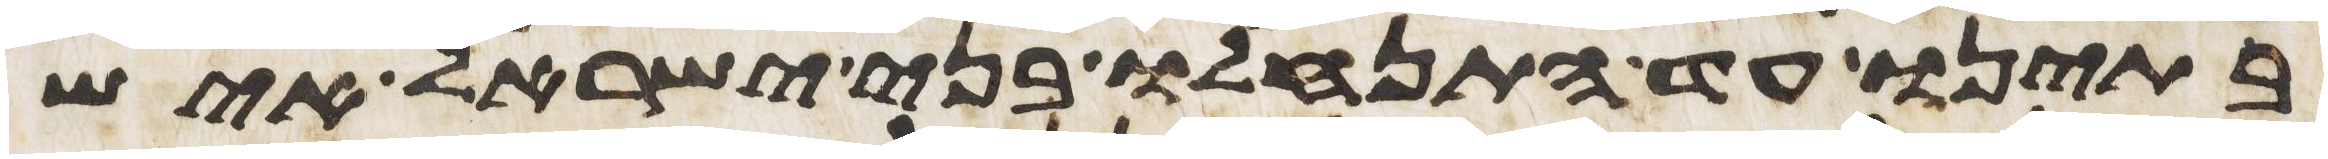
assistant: בתינו עד התנחלו בני ישראל איש